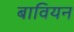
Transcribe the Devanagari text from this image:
बावियन